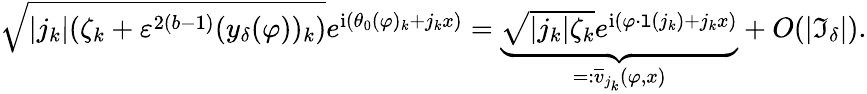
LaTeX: \begin{array}{r}{\sqrt{|j_{k}|(\zeta_{k}+\varepsilon^{2(b-1)}(y_{\delta}(\varphi))_{k})}e^{\mathrm{i}(\theta_{0}(\varphi)_{k}+j_{k}x)}=\underbrace{\sqrt{|j_{k}|\zeta_{k}}e^{\mathrm{i}(\varphi\cdot\mathtt{l}(j_{k})+j_{k}x)}}_{=:\overline{{v}}_{j_{k}}(\varphi,x)}+O(|\mathfrak{I}_{\delta}|).}\end{array}